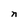
Character: n